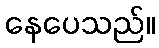
နေပေသည်။